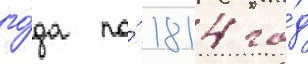
го́да по́ 1814 го́д